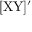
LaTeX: \mathrm { [ X Y ] ' }